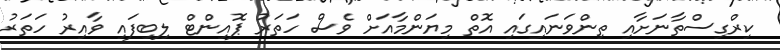
ކިރްގިސްތާނަށާއި ތިންވަނައިގައި އޮތް މިޔަންމާއަށް ވެސް ހަތަރު ޕޮއިންޓް ލިބިފައި ވާއިރު ހަތަރު